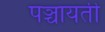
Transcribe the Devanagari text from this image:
पञ्चायती